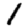
Digit: 1